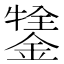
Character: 𨪔